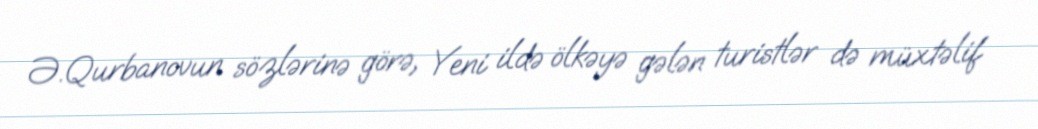
Ə.Qurbanovun sözlərinə görə, Yeni ildə ölkəyə gələn turistlər də müxtəlif